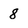
Character: 8